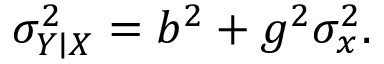
\sigma _ { Y \mid X } ^ { 2 } = b ^ { 2 } + g ^ { 2 } \sigma _ { x } ^ { 2 } .